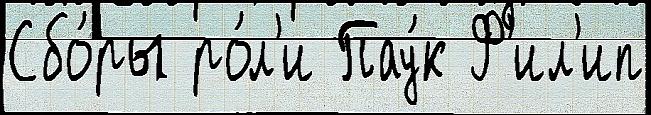
Сбо́ры ро́л'и Пау́к Ф'ил'ип